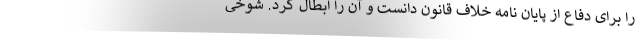
را برای دفاع از پایان نامه خلاف قانون دانست و آن را ابطال کرد. شوخی